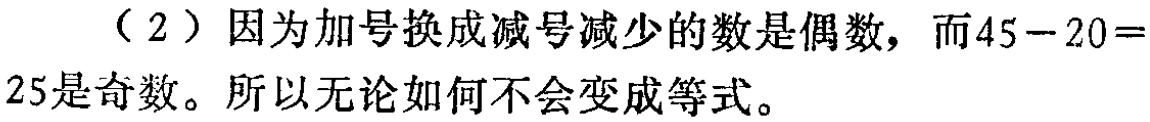
（2）因为加号换成减号减少的数是偶数，而\(45 - 20 = 25\)是奇数。所以无论如何不会变成等式。